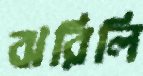
ঝরিলি